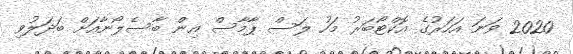
2020 ވަނަ އަހަރުގެ އޮކްޓޯބަރު މަހު ލަސް ޕާމާސް އިން ބާސެލޯނާއަށް ބަދަލުވި